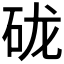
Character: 𰦭